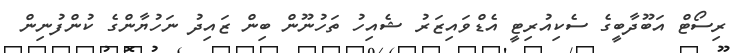
ރިސޯޓް އަބޫދާބީގެ ސެކިއުރިޓީ އެޑްވައިޒަރު ޝެއިހު ތަހުނޫން ބިން ޒައިދު ނަހުޔާންގެ ކުންފުނިން